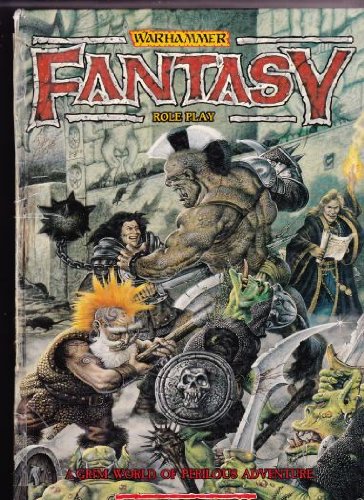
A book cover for Warhammer Fantasy Roleplay: A Grim World of Perilous Adventure; R Halliwell; Science Fiction & Fantasy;